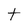
Character: t